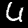
Label: 6